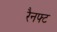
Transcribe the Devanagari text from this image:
रैनफ्‍ट